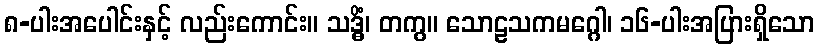
၈-ပါးအပေါင်းနှင့် လည်းကောင်း။ သဒ္ဓိံ၊ တကွ။ သောဠသကမဂ္ဂေါ၊ ၁၆-ပါးအပြားရှိသော